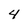
Character: 4